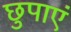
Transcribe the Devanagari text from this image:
छुपाएं